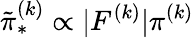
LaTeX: \tilde{\pi}_{\ast}^{(k)}\propto|F^{(k)}|\pi^{(k)}